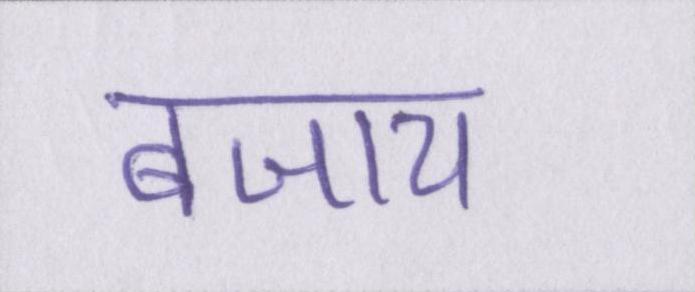
बजाय